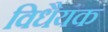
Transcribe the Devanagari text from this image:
विधैयक